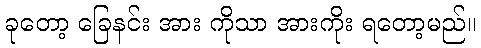
ခုတော့ ခြေနင်း အား ကိုသာ အားကိုး ရတော့မည်။